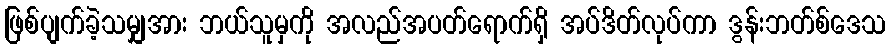
ဖြစ်ပျက်ခဲ့သမျှအား ဘယ်သူမှကို အလည်အပတ်ရောက်ရှိ အပ်ဒိတ်လုပ်ကာ ဒွန်းဘတ်စ်ဒေသ